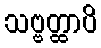
သဗ္ဗတ္ထာပိ